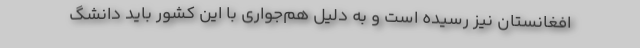
افغانستان نیز رسیده است و به دلیل هم‌جواری با این کشور باید دانشگ